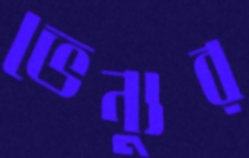
ভেন্যুর